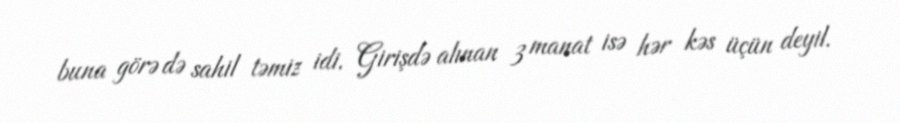
buna görə də sahil təmiz idi. Girişdə alınan 3 manat isə hər kəs üçün deyil.